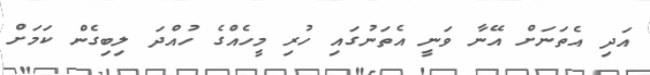
އަދި އެތަނަށް އޭނާ ވަނީ އެތަނުގައި ހުރި މީހެއްގެ ހުއްދަ ލިބިގެން ކަމަށް